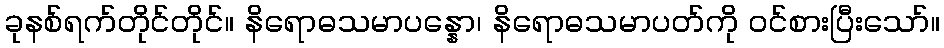
ခုနစ်ရက်တိုင်တိုင်။ နိရောဓသမာပန္နော၊ နိရောဓသမာပတ်ကို ဝင်စားပြီးသော်။